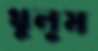
থুলুম